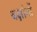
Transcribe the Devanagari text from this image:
वक्षांगों